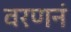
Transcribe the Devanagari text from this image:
वरणनं